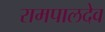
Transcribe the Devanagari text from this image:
रामपालदेव